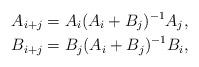
LaTeX: \begin{align*}A_{i+j}&=A_{i}(A_{i}+B_{j})^{-1}A_{j},\\B_{i+j}&=B_{j}(A_{i}+B_{j})^{-1}B_{i},\end{align*}